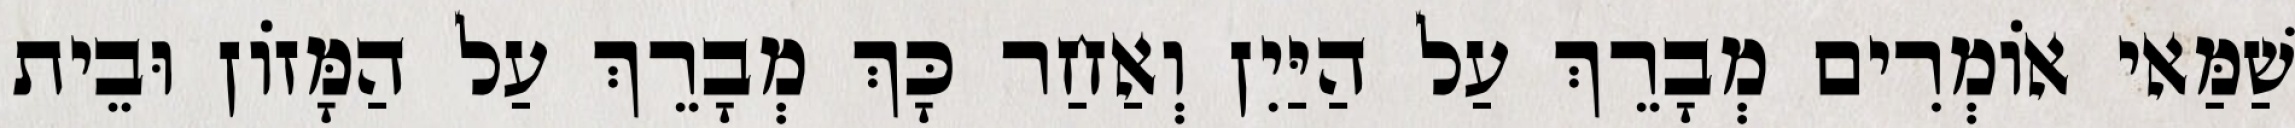
שַׁמַּאי אוֹמְרִים מְבָרֵךְ עַל הַיַּיִן וְאַחַר כָּךְ מְבָרֵךְ עַל הַמָּזוֹן וּבֵית